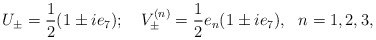
\begin{align*}U_\pm=\frac{1}{2} (1\pm ie_7);\ \ \ V^{(n)}_\pm = \frac{1}{2}e_n(1\pm ie_7), \ \ n=1,2,3,\end{align*}